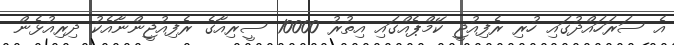
އެ ސަރަހައްދުގައި ހުރި ރެފިއުޖީ ކޭމްޕެއްގައި އިތުރު 10000 ސީރިއާގެ ރެފިއުޖީންނާއެކު ދިރިއުޅެން